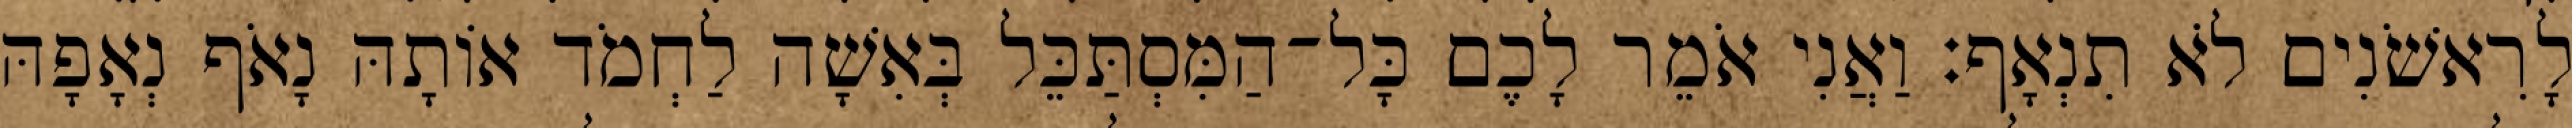
לָרִאשֹׁנִים לֹא תִנְאָף׃ וַאֲנִי אֹמֵר לָכֶם כָּל־הַמִּסְתַּכֵּל בְּאִשָׁה לַחְמֹד אוֹתָהּ נָאֹף נְאָפָהּ